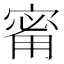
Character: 𪧟